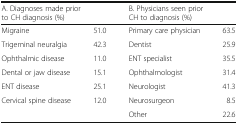
<table><thead><tr><td colspan="2"><b>A. Diagnoses made prior to CH diagnosis (%)</b></td><td colspan="2"><b>B. Physicians seen prior CH to diagnosis (%)</b></td></tr></thead><tbody><tr><td>Migraine</td><td>51.0</td><td>Primary care physician</td><td>63.5</td></tr><tr><td>Trigeminal neuralgia</td><td>42.3</td><td>Dentist</td><td>25.9</td></tr><tr><td>Ophthalmic disease</td><td>11.0</td><td>ENT specialist</td><td>35.5</td></tr><tr><td>Dental or jaw disease</td><td>15.1</td><td>Ophthalmologist</td><td>31.4</td></tr><tr><td>ENT disease</td><td>25.1</td><td>Neurologist</td><td>41.3</td></tr><tr><td>Cervical spine disease</td><td>12.0</td><td>Neurosurgeon</td><td>8.5</td></tr><tr><td>[EMPTY_CELL]</td><td>[EMPTY_CELL]</td><td>Other</td><td>22.6</td></tr></tbody></table>